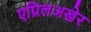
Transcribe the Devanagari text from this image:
एप्रिलअखेर